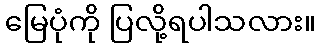
မြေပုံကို ပြလို့ရပါသလား။